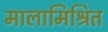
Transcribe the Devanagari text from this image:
मालामिश्रित